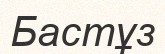
Бастұз